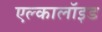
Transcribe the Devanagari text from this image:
एल्कालॉइड